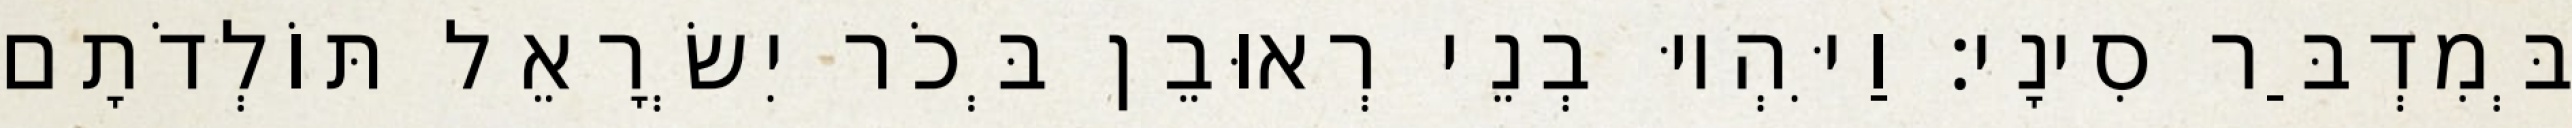
בְּמִדְבַּר סִינָי׃ וַיִּהְיוּ בְנֵי רְאוּבֵן בְּכֹר יִשְׂרָאֵל תּוֹלְדֹתָם